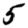
Digit: 5